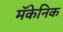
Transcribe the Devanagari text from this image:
मॅकेनिक